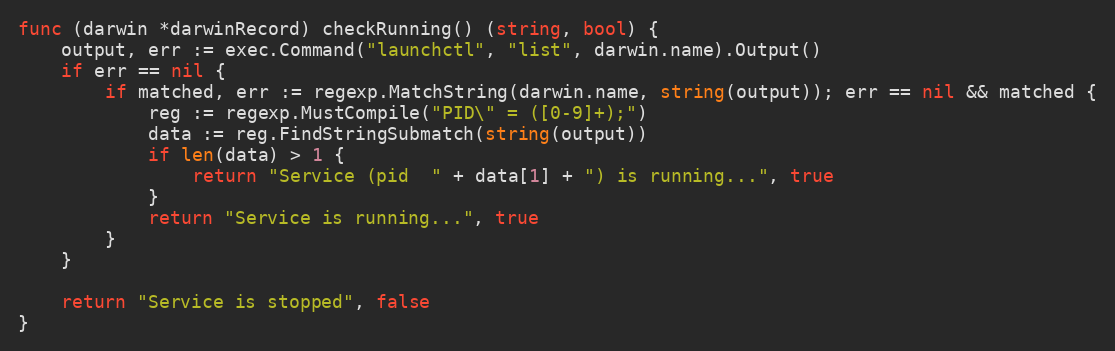
Language: Go
func (darwin *darwinRecord) checkRunning() (string, bool) {
	output, err := exec.Command("launchctl", "list", darwin.name).Output()
	if err == nil {
		if matched, err := regexp.MatchString(darwin.name, string(output)); err == nil && matched {
			reg := regexp.MustCompile("PID\" = ([0-9]+);")
			data := reg.FindStringSubmatch(string(output))
			if len(data) > 1 {
				return "Service (pid  " + data[1] + ") is running...", true
			}
			return "Service is running...", true
		}
	}

	return "Service is stopped", false
}